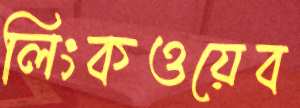
লিংকওয়েব